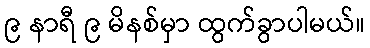
၉ နာရီ ၉ မိနစ်မှာ ထွက်ခွာပါမယ်။